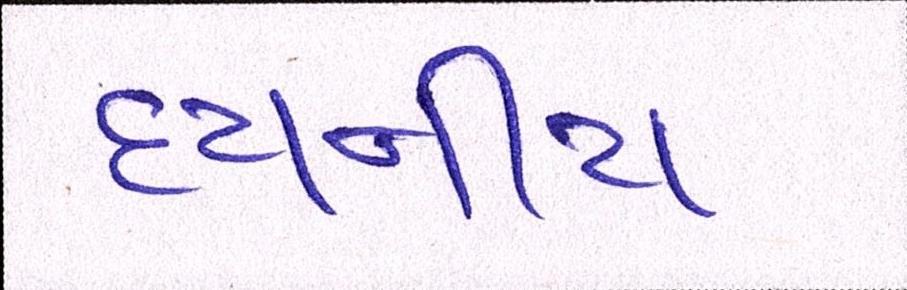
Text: દયનીય